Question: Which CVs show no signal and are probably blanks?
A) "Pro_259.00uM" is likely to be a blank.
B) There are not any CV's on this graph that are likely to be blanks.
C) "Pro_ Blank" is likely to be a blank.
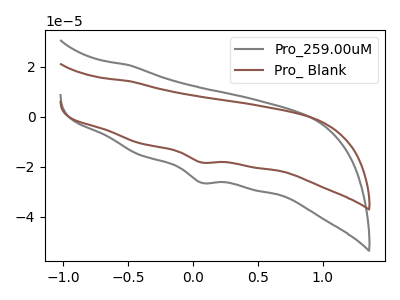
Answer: <think>The gray curve "Pro_259.00uM" has a cathodic peak at: (0.05V, -26.35uA). The brown curve "Pro_ Blank" has a cathodic peak at: (0.05V, -18.20uA).</think>
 <answer>B) There are not any CV's on this graph that are likely to be blanks.</answer>
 <eval>B</eval>